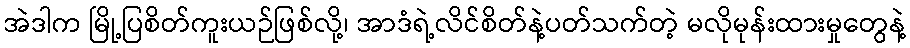
အဲဒါက မြို့ပြစိတ်ကူးယဉ်ဖြစ်လို့၊ အာဒံရဲ့လိင်စိတ်နဲ့ပတ်သက်တဲ့ မလိုမုန်းထားမှုတွေနဲ့